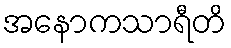
အနောကသာရီတိ